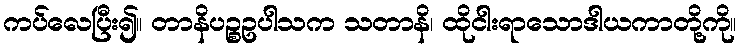
ကပ်လေပြီး၍။ တာနိပဉ္စဥပါသက သတာနိ၊ ထိုငါးရာသောဒါယကာတို့ကို။